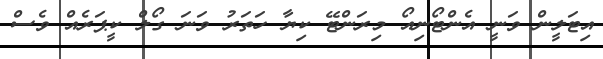
އިޓަލީން ވަނީ އެންޓޯނިއޯ މިރަންޓޭ ކިޔާ ހަތަރު ވަނަ ގޯލް ކީޕަރެއް ވެސް